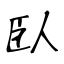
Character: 臥